Indian journal of veterinary science and animal husbandry - Volume 4,
Year: 1934
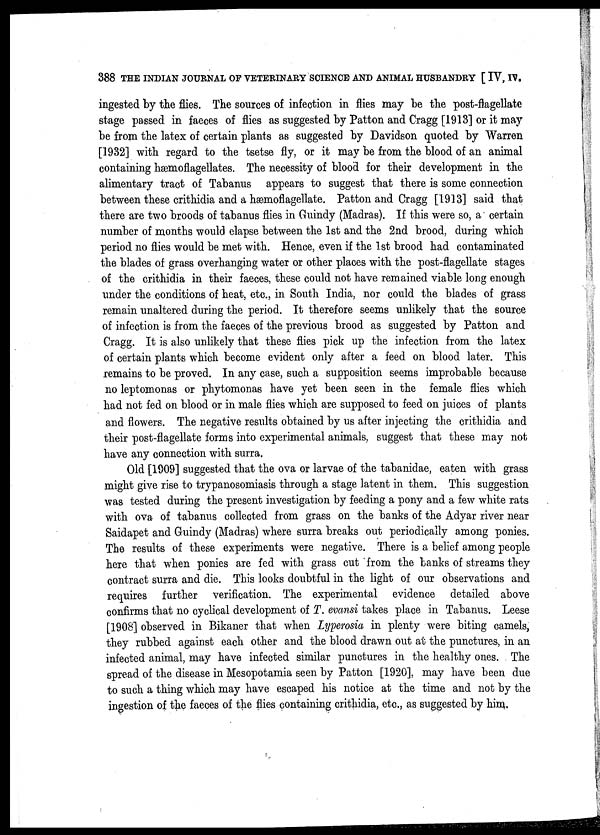
388 THE INDIAN JOURNAL OF VETERINARY SCIENCE AND ANIMAL HUSBANDRY [ IV, IV.
ingested by the flies. The sources of infection in flies may be the post-flagellate
stage passed in faeces of flies as suggested by Patton and Cragg [1913] or it may
be from the latex of certain plants as suggested by Davidson quoted by Warren
[1932] with regard to the tsetse fly, or it may be from the blood of an animal
containing hæmoflagellates. The necessity of blood for their development in the
alimentary tract of Tabanus appears to suggest that there is some connection
between these crithidia and a hæmoflagellate. Patton and Cragg [1913] said that
there are two broods of tabanus flies in Guindy (Madras). If this were so, a certain
number of months would elapse between the 1st and the 2nd brood, during which
period no flies would be met with. Hence, even if the 1st brood had contaminated
the blades of grass overhanging water or other places with the post-flagellate stages
of the crithidia in their faeces, these could not have remained viable long enough
under the conditions of heat, etc., in South India, nor could the blades of grass
remain unaltered during the period. It therefore seems unlikely that the source
of infection is from the faeces of the previous brood as suggested by Patton and
Cragg. It is also unlikely that these flies pick up the infection from the latex
of certain plants which become evident only after a feed on blood later. This
remains to be proved. In any case, such a supposition seems improbable because
no leptomonas or phytomonas have yet been seen in the female flies which
had not fed on blood or in male flies which are supposed to feed on juices of plants
and flowers. The negative results obtained by us after injecting the crithidia and
their post-flagellate forms into experimental animals, suggest that these may not
have any connection with surra.
Old [1909] suggested that the ova or larvae of the tabanidae, eaten with grass
might give rise to trypanosomiasis through a stage latent in them. This suggestion
was tested during the present investigation by feeding a pony and a few white rats
with ova of tabanus collected from grass on the banks of the Adyar river near
Saidapet and Guindy (Madras) where surra breaks out periodically among ponies.
The results of these experiments were negative. There is a belief among people
here that when ponies are fed with grass cut from the banks of streams they
contract surra and die. This looks doubtful in the light of our observations and
requires further verification. The experimental evidence detailed above
confirms that no cyclical development of T. evansi takes place in Tabanus. Leese
[1908] observed in Bikaner that when Lyperosia in plenty were biting camels,
they rubbed against each other and the blood drawn out at the punctures, in an
infected animal, may have infected similar punctures in the healthy ones. The
spread of the disease in Mesopotamia seen by Patton [1920], may have been due
to such a thing which may have escaped his notice at the time and not by the
ingestion of the faeces of the flies containing crithidia, etc., as suggested by him.